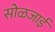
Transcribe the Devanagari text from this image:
सोळजाई